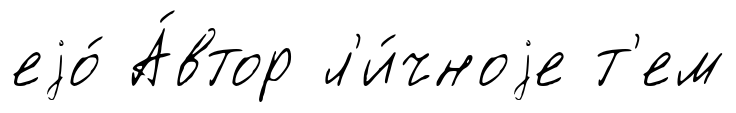
еjо́ А́втор л'и́чноjе т'ем